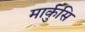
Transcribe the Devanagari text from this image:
मार्कुसि